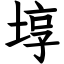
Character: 埻